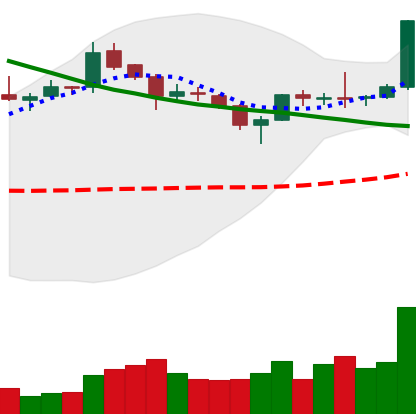
Ticker: XLM-USD
Chart end date: 2019-04-02
Forward return: 6.892%
Label: up_5_7